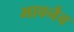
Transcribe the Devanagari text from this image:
भावनैव